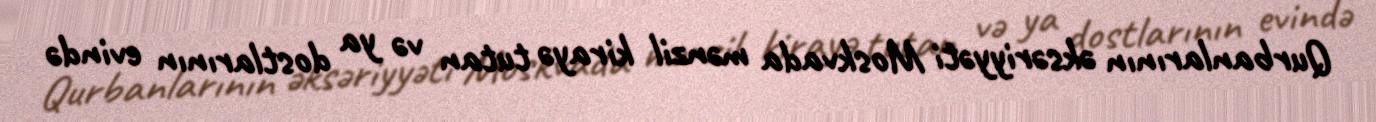
Qurbanlarının əksəriyyəti Moskvada mənzil kirayə tutan və ya dostlarının evində